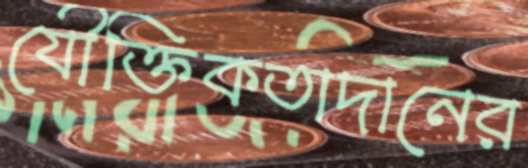
যৌক্তিকতাদানের